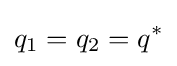
q_{1}=q_{2}=q^{*}